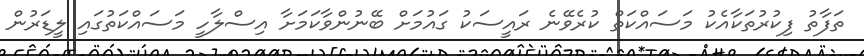
ތަފާތު ފިކުރުތަކާއެކު މަސައްކަތް ކުރެވޭނެ ރައީސަކު ގައުމަށް ބޭނުންވާކަމަށާ އިސްލާހީ މަސައްކަތުގައި ލީޑަރުން